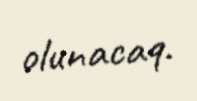
olunacaq.